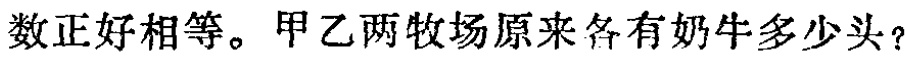
数正好相等。甲乙两牧场原来各有奶牛多少头？